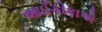
આઈકોકાએ